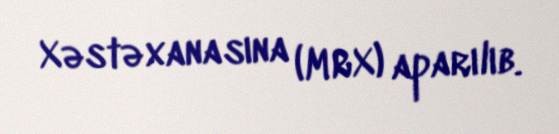
Xəstəxanasına (MRX) aparılıb.